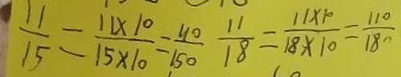
\frac { 1 1 } { 1 5 } = \frac { 1 1 \times 1 0 } { 1 5 \times 1 0 } = \frac { 1 1 0 } { 1 5 0 } \frac { 1 1 } { 1 8 } = \frac { 1 1 \times 1 0 } { 1 8 \times 1 0 } = \frac { 1 1 0 } { 1 8 0 }